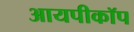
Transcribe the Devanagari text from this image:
आयपीकॉप